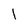
Character: 1